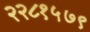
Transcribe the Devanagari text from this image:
२२८१५७९